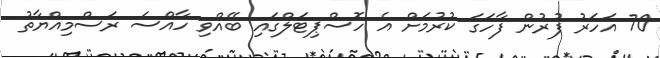
70 އަހަރު ފުރުން ފާހަގަ ކުރުމަށް އެ ހޮސްޕިޓަލްގައި ބޭއްވި ހާއްސަ ރަސްމިއްޔާތު